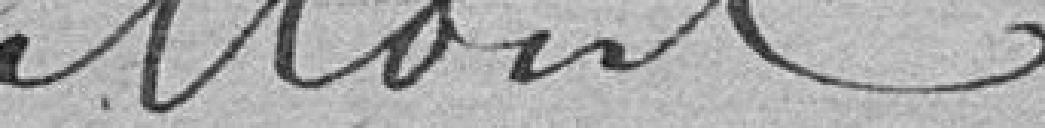
Mont